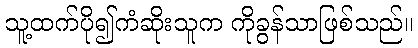
သူ့ထက်ပို၍ကံဆိုးသူက ကိုခွန်သာဖြစ်သည်။